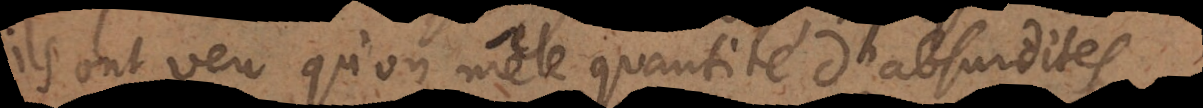
ils ont veu qu’on mêle quantité d’absurdites